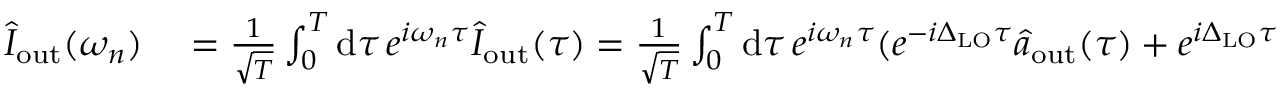
\begin{array} { r l } { \hat { I } _ { \mathrm { o u t } } ( \omega _ { n } ) } & { { } = \frac { 1 } { \sqrt { T } } \int _ { 0 } ^ { T } \mathrm { d } \tau \, e ^ { i \omega _ { n } \tau } \hat { I } _ { \mathrm { o u t } } ( \tau ) = \frac { 1 } { \sqrt { T } } \int _ { 0 } ^ { T } \mathrm { d } \tau \, e ^ { i \omega _ { n } \tau } ( e ^ { - i \Delta _ { \mathrm { L O } } \tau } \hat { a } _ { \mathrm { o u t } } ( \tau ) + e ^ { i \Delta _ { \mathrm { L O } } \tau } \hat { a } _ { \mathrm { o u t } } ^ { \dagger } ( \tau ) ) } \end{array}